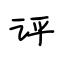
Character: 评